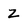
Character: z